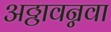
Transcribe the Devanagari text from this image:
अठ्ठावन्नवा